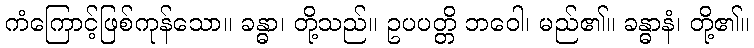
ကံကြောင့်ဖြစ်ကုန်သော။ ခန္ဓာ၊ တို့သည်။ ဥပပတ္တိ ဘဝေါ၊ မည်၏။ ခန္ဓာနံ၊ တို့၏။